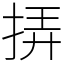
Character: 挵